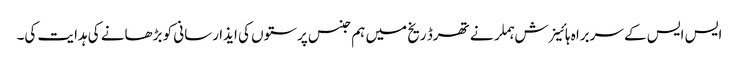
ایس ایس کے سربراہ ہائینرش ہملر نے تھرڈ ریخ میں ہم جنس پرستوں کی ایذا رسانی کو بڑھانے کی ہدایت کی۔